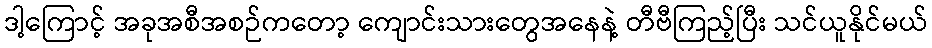
ဒါ့ကြောင့် အခုအစီအစဉ်ကတော့ ကျောင်းသားတွေအနေနဲ့ တီဗီကြည့်ပြီး သင်ယူနိုင်မယ်